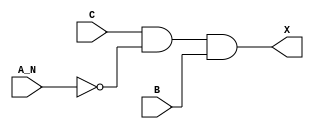
module sky130_fd_sc_lp__and3b_7 (
    X  ,
    A_N,
    B  ,
    C
);
    output X  ;
    input  A_N;
    input  B  ;
    input  C  ;
    wire not0_out  ;
    wire and0_out_X;
    not not0 (not0_out  , A_N            );
    and and0 (and0_out_X, C, not0_out, B );
    buf buf0 (X         , and0_out_X     );
endmodule